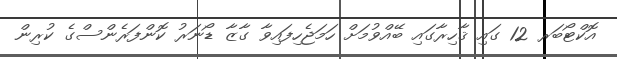
އޮކްޓޯބަރ 12 ގައި ޤާހިރާގައި ބޭއްވުމަށް ހަމަޖެހިފައިވާ ގާޒާ ޑޯނަރު ކޮންފަރެންސްގެ ކުރިން